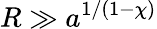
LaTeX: R\gg a^{1/(1-\chi)}